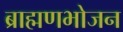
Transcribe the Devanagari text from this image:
ब्राह्मणभोजन